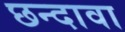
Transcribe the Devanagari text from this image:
छन्दावा